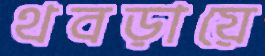
থবড়ায়ে